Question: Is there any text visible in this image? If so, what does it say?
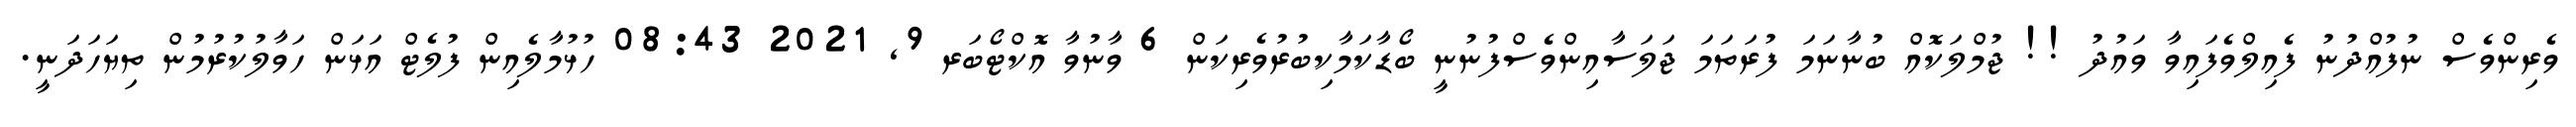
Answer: ވެރިންވެސް ނުފުއްދުނު ފެއިލްވެފައިވާ ވައުދު !! ޖުމްލަކޮއް ބުނާނަމަ ފުރަތަމަ ޖަލަސާއިންވެސްފުނުނީ ބޯޑާކަމާކިބުރުވެރިކަން 6 ވާނުވާ އޮކްޓޯބަރ 9, 2021 08:43 ހުޅުމާލެއިން ފުލެޓް އަޅަން ހަވާލުކުރުމުން ތިޔަހަދަނީ.